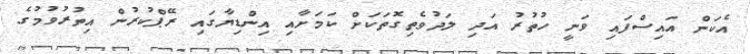
އެކަން އައިސްފައި ވަނީ ހުތުރު އަދި ލަދުވެތިގޮތަކަށް ކަމަށާއި އިންޑިޔާގައި ރޭޕްކުރުން އިތުރުވުމުގެ